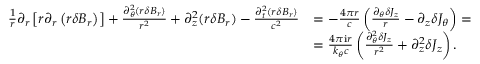
\begin{array} { r } { \begin{array} { r l } { \frac { 1 } { r } \partial _ { r } \left[ r \partial _ { r } \left( r \delta B _ { r } \right) \right] + \frac { \partial _ { \theta } ^ { 2 } ( r \delta B _ { r } ) } { r ^ { 2 } } + \partial _ { z } ^ { 2 } ( r \delta B _ { r } ) - \frac { \partial _ { t } ^ { 2 } ( r \delta B _ { r } ) } { c ^ { 2 } } } & { = - \frac { 4 \pi r } { c } \left( \frac { \partial _ { \theta } \delta J _ { z } } { r } - \partial _ { z } \delta J _ { \theta } \right) = } \\ & { = \frac { 4 \pi \mathrm { i } r } { k _ { \theta } c } \left( \frac { \partial _ { \theta } ^ { 2 } \delta J _ { z } } { r ^ { 2 } } + \partial _ { z } ^ { 2 } \delta J _ { z } \right) . } \end{array} } \end{array}